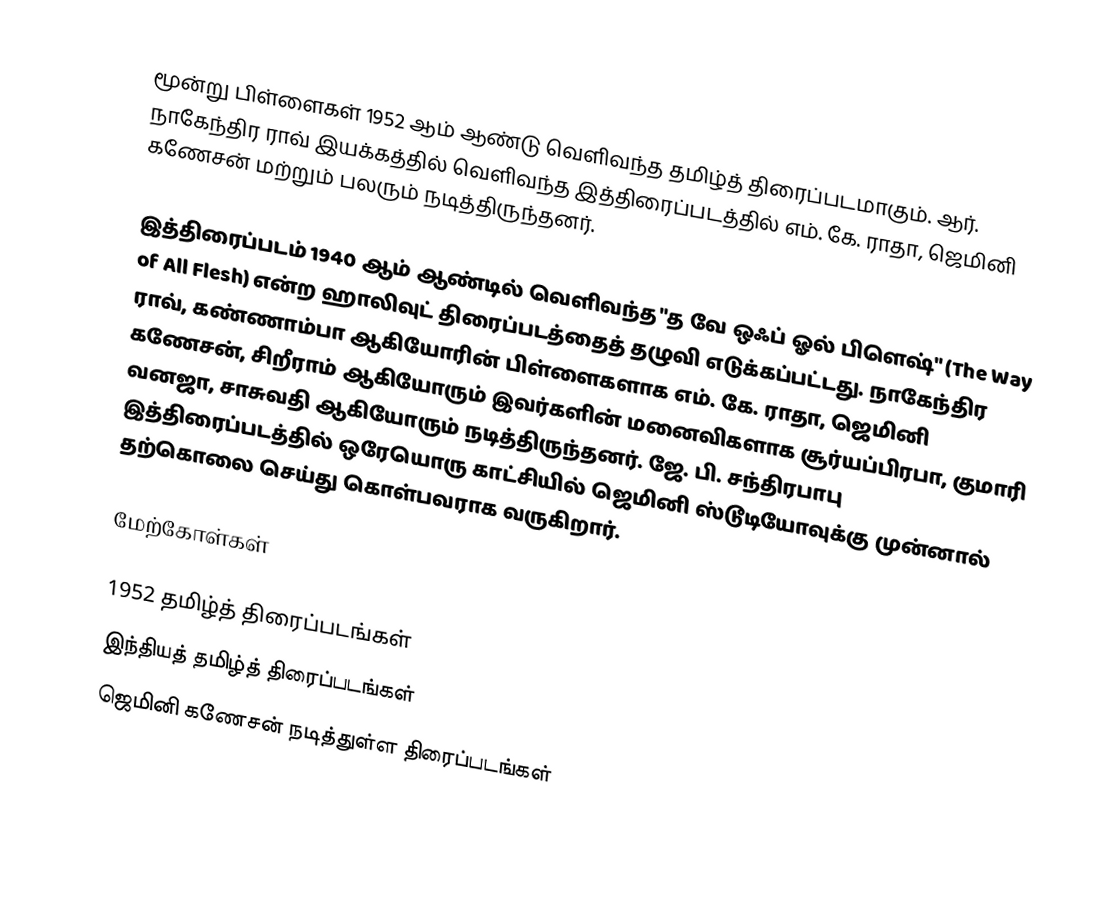
மூன்று பிள்ளைகள் 1952 ஆம் ஆண்டு வெளிவந்த தமிழ்த் திரைப்படமாகும். ஆர். நாகேந்திர ராவ் இயக்கத்தில் வெளிவந்த இத்திரைப்படத்தில் எம். கே. ராதா, ஜெமினி கணேசன் மற்றும் பலரும் நடித்திருந்தனர்.

இத்திரைப்படம் 1940 ஆம் ஆண்டில் வெளிவந்த "த வே ஒஃப் ஓல் பிளெஷ்" (The Way of All Flesh) என்ற ஹாலிவுட் திரைப்படத்தைத் தழுவி எடுக்கப்பட்டது. நாகேந்திர ராவ், கண்ணாம்பா ஆகியோரின் பிள்ளைகளாக எம். கே. ராதா, ஜெமினி கணேசன், சிறீராம் ஆகியோரும் இவர்களின் மனைவிகளாக சூர்யப்பிரபா, குமாரி வனஜா, சாசுவதி ஆகியோரும் நடித்திருந்தனர். ஜே. பி. சந்திரபாபு இத்திரைப்படத்தில் ஒரேயொரு காட்சியில் ஜெமினி ஸ்டூடியோவுக்கு முன்னால் தற்கொலை செய்து கொள்பவராக வருகிறார்.

மேற்கோள்கள்

1952 தமிழ்த் திரைப்படங்கள்
இந்தியத் தமிழ்த் திரைப்படங்கள்
ஜெமினி கணேசன் நடித்துள்ள திரைப்படங்கள்